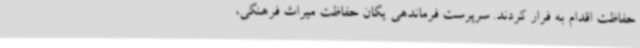
حفاظت اقدام به فرار کردند. سرپرست فرماندهی یگان حفاظت میراث فرهنگی،